65_HS1-834228961_62-HQ-83894_Section_5
Agency: FBI
Page 10
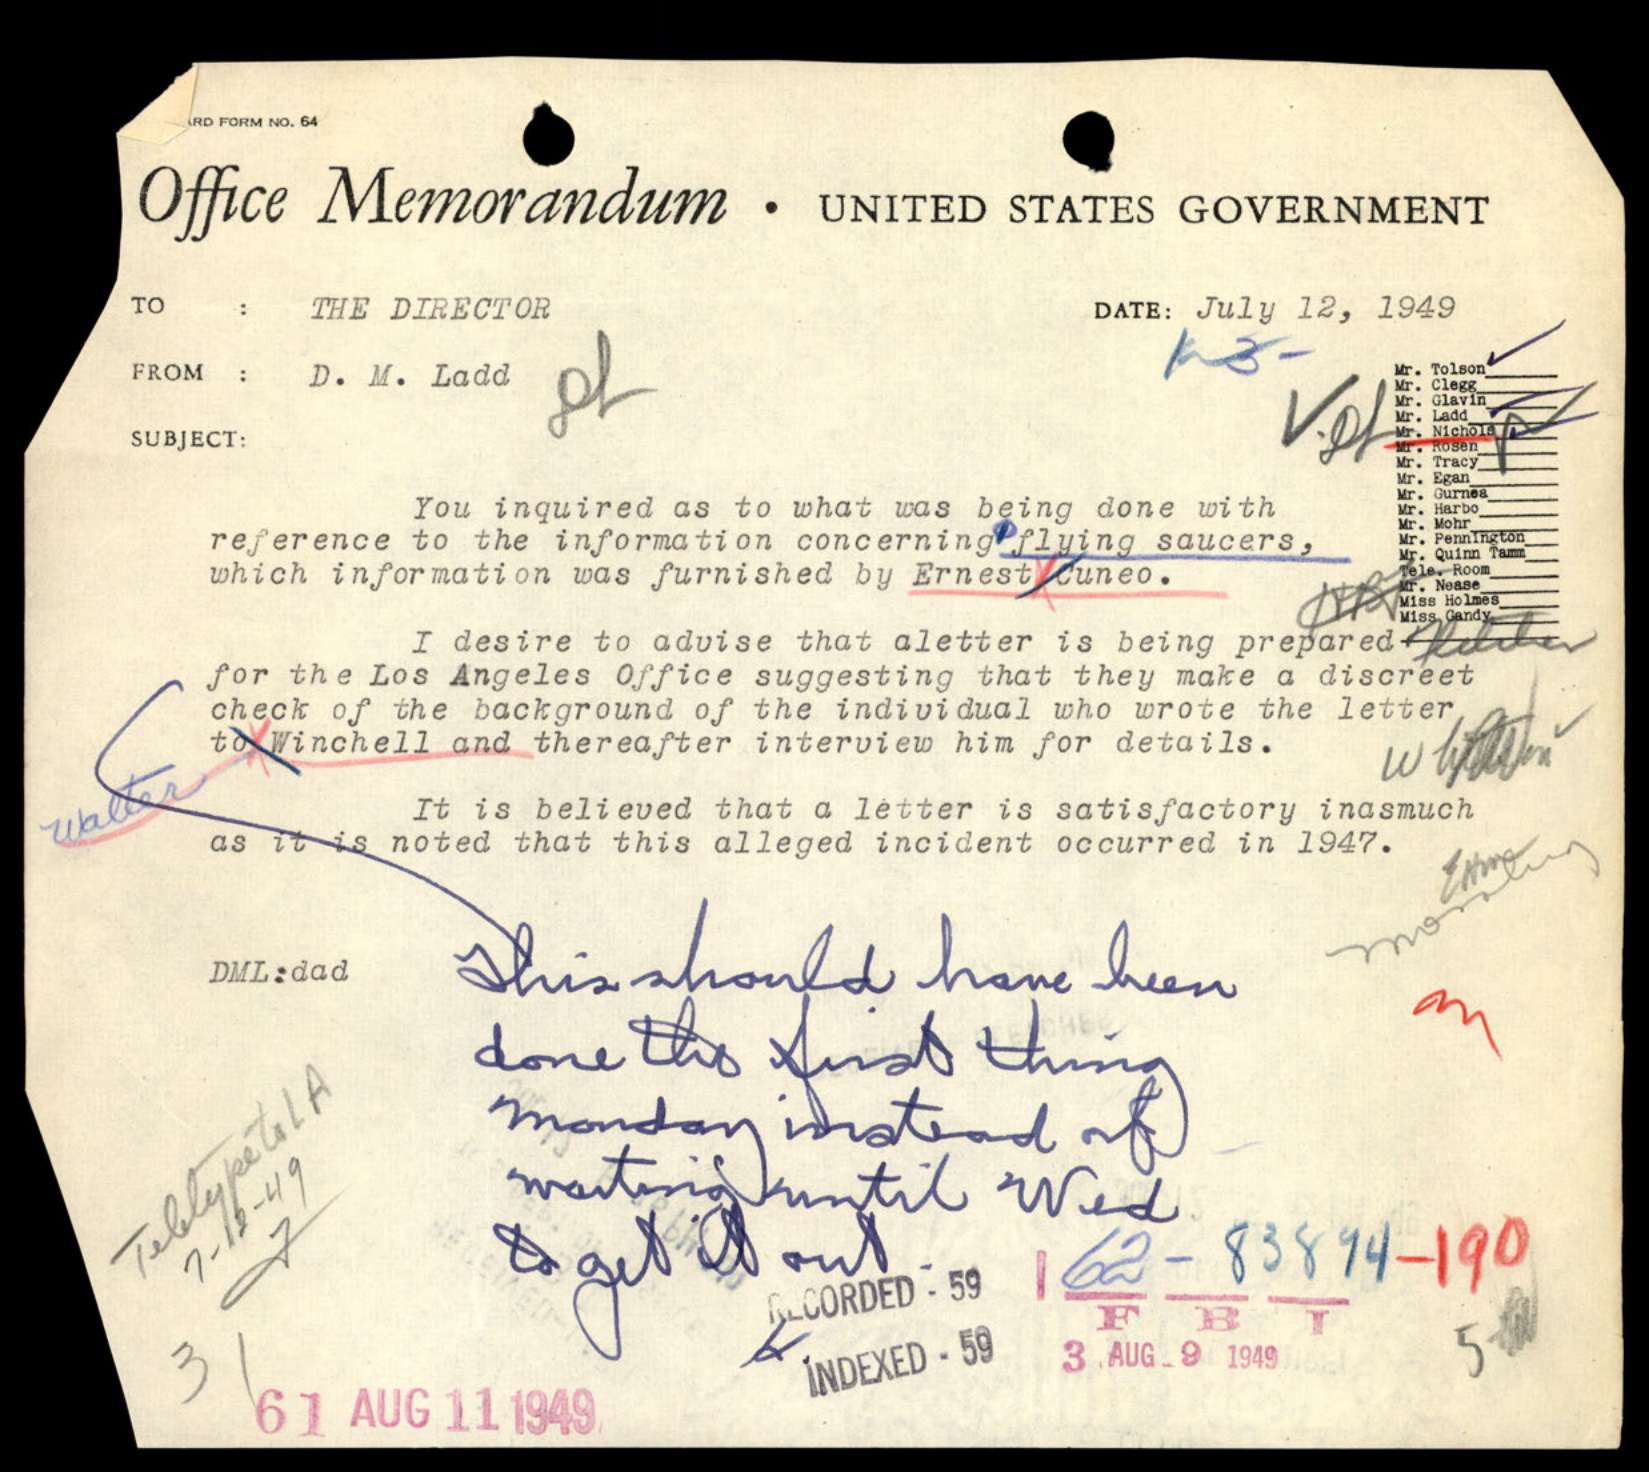